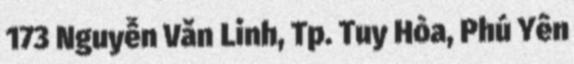
173 Nguyễn Văn Linh, Tp. Tuy Hòa, Phú Yên